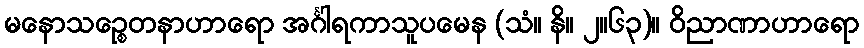
မနောသဉ္စေတနာဟာရော အင်္ဂါရကာသူပမေန (သံ။ နိ။ ၂။၆၃)။ ဝိညာဏာဟာရော